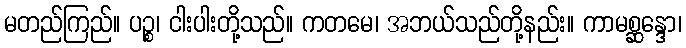
မတည်ကြည်။ ပဉ္စ၊ ငါးပါးတို့သည်။ ကတမေ၊ အဘယ်သည်တို့နည်း။ ကာမစ္ဆန္ဒော၊